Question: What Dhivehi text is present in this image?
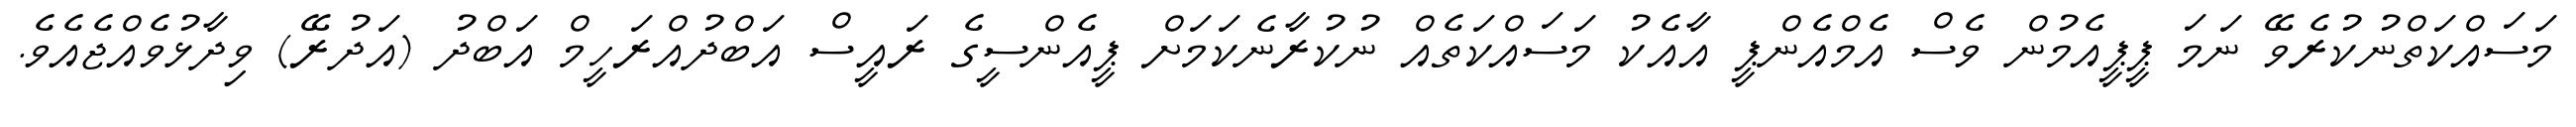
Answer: މަސައްކަތްނުކުރެވޭ ނަމަ ޕީޕީއެމުން ވެސް އެމްއެންޕީ އާއެކު މަސައްކަތެއް ނުކުރާނެކަމަށް ޕީއެންސީގެ ރައީސް އަބްދުއްރަހީމް އަބްދު (އަދުރޭ) ވިދާޅުވެއްޖެއެވެ.